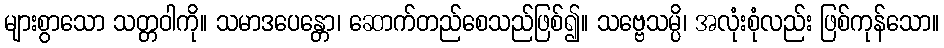
များစွာသော သတ္တဝါကို။ သမာဒပေန္တော၊ ဆောက်တည်စေသည်ဖြစ်၍။ သဗ္ဗေသမ္ပိ၊ အလုံးစုံလည်း ဖြစ်ကုန်သော။